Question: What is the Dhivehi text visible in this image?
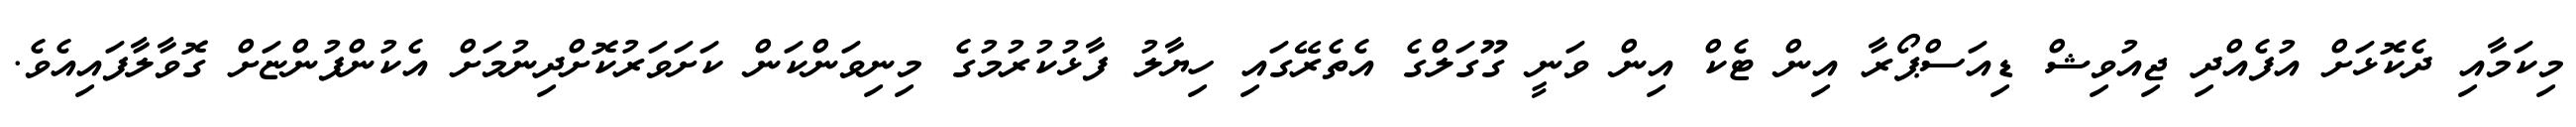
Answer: މިކަމާއި ދެކޮޅަށް އުފެއްދި ޖިއުވިޝް ޑިއަސްޕޯރާ އިން ޓެކް އިން ވަނީ ގޫގަލްގެ އެތެރޭގައި ހިޔާލު ފާޅުކުރުމުގެ މިނިވަންކަން ކަށަވަރުކޮށްދިނުމަށް އެކުންފުންޏަށް ގޮވާލާފައިއެވެ.